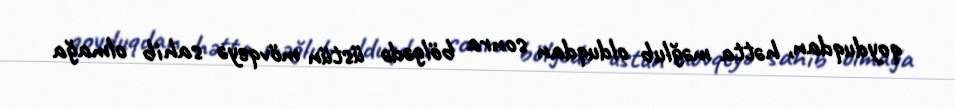
qoyduqdan, hətta məğlub olduqdan sonra bölgədə üstün mövqeyə sahib olmağa